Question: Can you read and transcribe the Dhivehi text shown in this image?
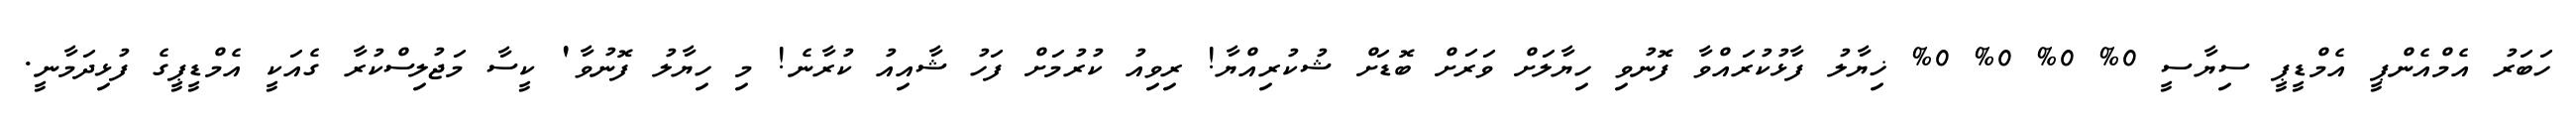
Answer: ހަބަރު އެމްއެންޕީ އެމްޑީޕީ ސިޔާސީ 0% 0% 0% 0% ޚިޔާލު ފާޅުކުރައްވާ ފޮނުވި ހިޔާލަށް ވަރަށް ބޮޑަށް ޝުކުރިއްޔާ! ރިވިއު ކުރުމަށް ފަހު ޝާއިއު ކުރާނެ! މި ހިޔާލު ފޮނުވާ' ކީސާ މަޖުލިސްކުރާ ގެއަކީ އެމްޑީޕީގެ ފުޅިދަމާނީ.